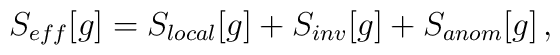
S_{eff}[g] = S_{local}[g] + S_{inv}[g] + S_{anom}[g]\,,